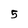
Character: 5